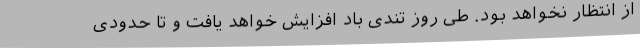
از انتظار نخواهد بود. طی روز تندی باد افزایش خواهد یافت و تا حدودی